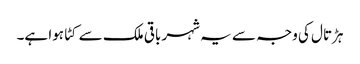
ہڑتال کی وجہ سے یہ شہر باقی ملک سے کٹا ہوا ہے۔